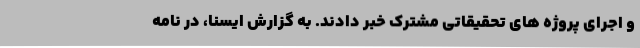
و اجرای پروژه های تحقیقاتی مشترک خبر دادند. به گزارش ایسنا، در نامه